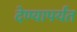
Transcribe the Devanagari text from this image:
देण्यापर्यंत